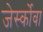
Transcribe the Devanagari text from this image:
जेर्स्कोवा